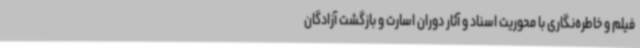
فیلم و خاطره‌نگاری با محوریت اسناد و آثار دوران اسارت و بازگشت آزادگان